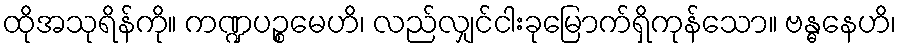
ထိုအသုရိန်ကို။ ကဏ္ဍပဉ္စမေဟိ၊ လည်လျှင်ငါးခုမြောက်ရှိကုန်သော။ ဗန္ဓနေဟိ၊